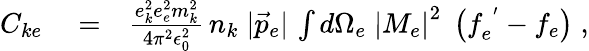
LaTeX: \begin{array}{rlr}{C_{ke}}&{{}=}&{\frac{e_{k}^{2}e_{e}^{2}m_{k}^{2}}{4\pi^{2}\epsilon_{0}^{2}}\, n_{k}\; |\vec{p}_{e}|\, \int d\Omega_{e}\; \left|M_{e}\right|^{2}\; \left(f_{e}^{\; ^{\prime}}-f_{e}\right)\; ,}\end{array}